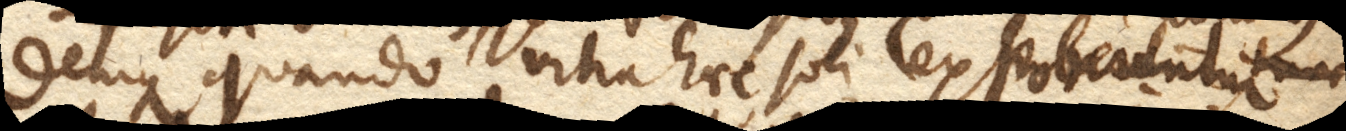
Denique quando vitra haec soli exhibentur exponuntur,